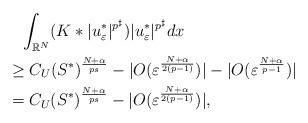
LaTeX: \begin{align*}&\phantom{=} \int_{\mathbb{R}^N}(K\ast |u_\varepsilon^*|^{p^\sharp}) |u_\varepsilon^*|^{p^\sharp} dx \\&\geq C_U(S^*)^{\frac{N+\alpha}{ps}}-|O(\varepsilon^{\frac{N+\alpha}{2(p-1)}}) |-|O(\varepsilon^{\frac{N+\alpha}{p-1}})| \\&= C_U(S^*)^{\frac{N+\alpha}{ps}}-|O(\varepsilon^{\frac{N+\alpha}{2(p-1)}}) |,\end{align*}